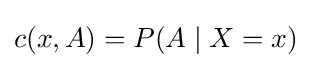
c(x,A)=P(A\mid X=x)